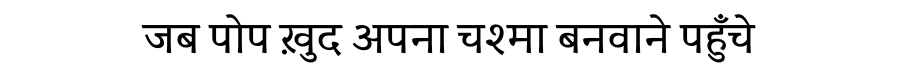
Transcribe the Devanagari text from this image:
जब पोप ख़ुद अपना चश्मा बनवाने पहुँचे